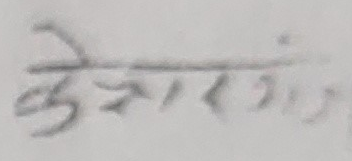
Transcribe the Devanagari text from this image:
केशाराज